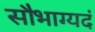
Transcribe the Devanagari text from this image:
सौभाग्यदं